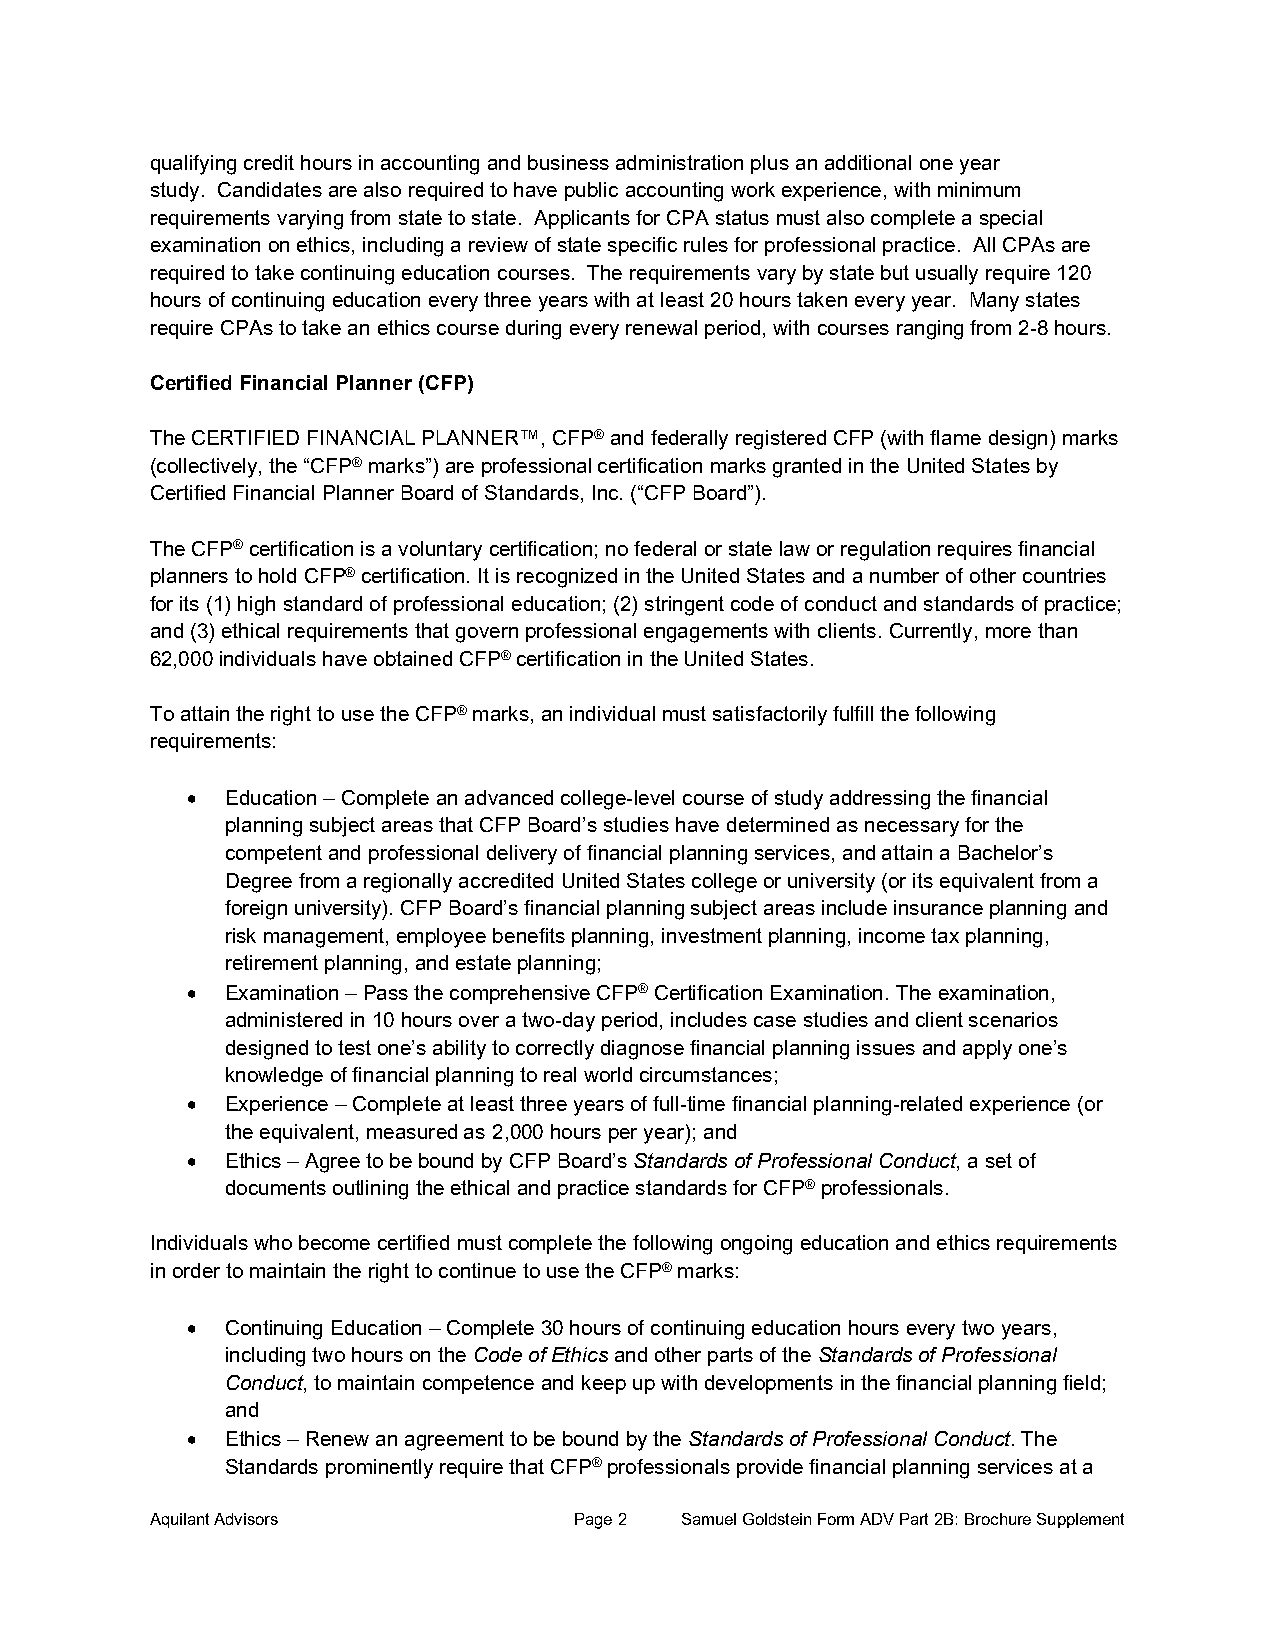
qualifying credit hours in accounting and business administration plus an additional one year
 study. Candidates are also required to have public accounting work experience, with minimum
 requirements varying from state to state. Applicants for CPA status must also complete a special
 examination on ethics, including a review of state specific rules for professional practice. All CPAs are
 required to take continuing education courses. The requirements vary by state but usually require 120
 hours of continuing education every three years with at least 20 hours taken every year. Many states
 require CPAs to take an ethics course during every renewal period, with courses ranging from 2-8 hours.
 Certified Financial Planner (CFP)
 The CERTIFIED FINANCIAL PLANNER™, CFP® and federally registered CFP (with flame design) marks
 (collectively, the “CFP® marks”) are professional certification marks granted in the United States by
 Certified Financial Planner Board of Standards, Inc. (“CFP Board”).
 The CFP® certification is a voluntary certification; no federal or state law or regulation requires financial
 planners to hold CFP® certification. It is recognized in the United States and a number of other countries
 for its (1) high standard of professional education; (2) stringent code of conduct and standards of practice;
 and (3) ethical requirements that govern professional engagements with clients. Currently, more than
 62,000 individuals have obtained CFP® certification in the United States.
 To attain the right to use the CFP® marks, an individual must satisfactorily fulfill the following
 requirements:
 •  Education – Complete an advanced college-level course of study addressing the financial
 planning subject areas that CFP Board’s studies have determined as necessary for the
 competent and professional delivery of financial planning services, and attain a Bachelor’s
 Degree from a regionally accredited United States college or university (or its equivalent from a
 foreign university). CFP Board’s financial planning subject areas include insurance planning and
 risk management, employee benefits planning, investment planning, income tax planning,
 retirement planning, and estate planning;
 •  Examination – Pass the comprehensive CFP® Certification Examination. The examination,
 administered in 10 hours over a two-day period, includes case studies and client scenarios
 designed to test one’s ability to correctly diagnose financial planning issues and apply one’s
 knowledge of financial planning to real world circumstances;
 •  Experience – Complete at least three years of full-time financial planning-related experience (or
 the equivalent, measured as 2,000 hours per year); and
 •  Ethics – Agree to be bound by CFP Board’s Standards of Professional Conduct, a set of
 documents outlining the ethical and practice standards for CFP® professionals.
 Individuals who become certified must complete the following ongoing education and ethics requirements
 in order to maintain the right to continue to use the CFP® marks:
 •  Continuing Education – Complete 30 hours of continuing education hours every two years,
 including two hours on the Code of Ethics and other parts of the Standards of Professional
 Conduct, to maintain competence and keep up with developments in the financial planning field;
 and
 •  Ethics – Renew an agreement to be bound by the Standards of Professional Conduct. The
 Standards prominently require that CFP® professionals provide financial planning services at a
 Aquilant Advisors           Page 2 Samuel Goldstein Form ADV Part 2B: Brochure Supplement